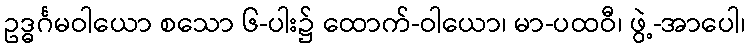
ဥဒ္ဓင်္ဂမဝါယော စသော ၆-ပါး၌ ထောက်-ဝါယော၊ မာ-ပထဝီ၊ ဖွဲ့-အာပေါ၊